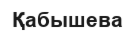
Қабышева